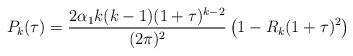
LaTeX: \begin{align*}P_{k}(\tau)=\frac{2\alpha_{1}k(k-1)(1+\tau)^{k-2}}{(2\pi)^{2}}\left(1-R_{k}(1+\tau)^{2}\right)\end{align*}